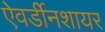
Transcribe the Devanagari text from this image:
ऐवर्डीनशायर